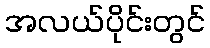
အလယ်ပိုင်းတွင်